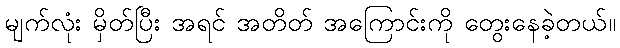
မျက်လုံး မှိတ်ပြီး အရင် အတိတ် အကြောင်းကို တွေးနေခဲ့တယ်။